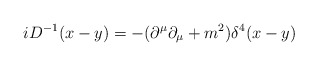
\begin{align*}i D^{-1} (x-y)= -{(\partial^{\mu} \partial_{\mu} + m ^2)}{ \delta^4 (x-y)}\end{align*}